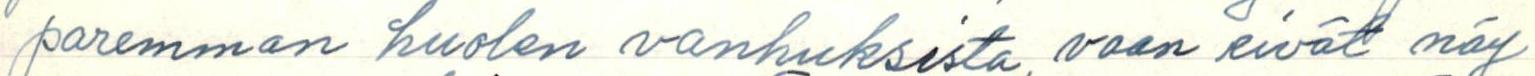
paremman huolen vanhuksista, vaan eivät näy